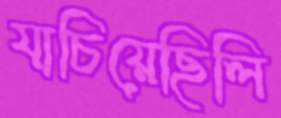
যাচিয়েছিলি